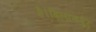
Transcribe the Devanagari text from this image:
है।बिलासपुर